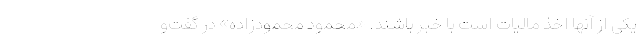
یکی از آنها اخذ مالیات است با خبر باشند. «محمود محمودزاده» در گفت‌و